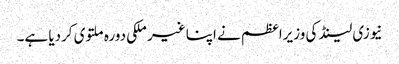
نیوزی لینڈ کی وزیراعظم نے اپنا غیر ملکی دورہ ملتوی کردیا ہے۔